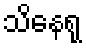
သိနေရု